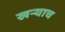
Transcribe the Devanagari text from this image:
खऱ्याच